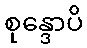
စုန္ဒောပိ